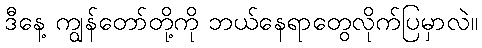
ဒီနေ့ ကျွန်တော်တို့ကို ဘယ်နေရာတွေလိုက်ပြမှာလဲ။